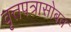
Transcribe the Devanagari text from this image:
वृत्तपत्रासोबत